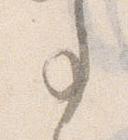
事